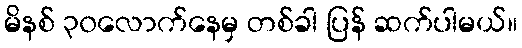
မိနစ် ၃၀လောက်နေမှ တစ်ခါ ပြန် ဆက်ပါမယ်။